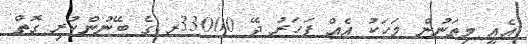
އެއީ މިތަނުން މަހަކު އެއް ފަހަރު ދޭ 33000ރ ގެ ބޭނުންކުރި ގޮތް